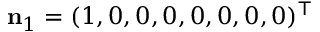
\mathbf { n } _ { 1 } = ( 1 , 0 , 0 , 0 , 0 , 0 , 0 , 0 ) ^ { \top }